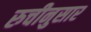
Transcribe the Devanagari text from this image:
रुचीनुसार